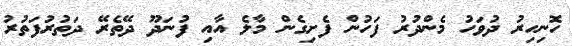
ހޮނިހިރު ދުވަހު މެންދުރު ފަހުން ފެށިގެން މާލެ އާއި ފުނަދޫ ދޭތެރޭ ދަތުރުފަތުރު